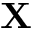
\mathbf { X }